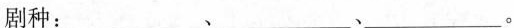
剧种：___、___、___。